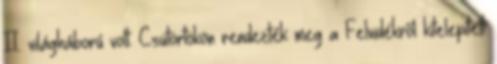
II. világháború volt. Csütörtökön rendezték meg a Felvidékről kitelepített